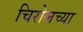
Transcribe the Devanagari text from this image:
चिरोलच्या